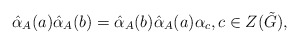
\begin{align*} \hat{\alpha}_{A}(a)\hat{\alpha}_{A}(b)=\hat{\alpha}_{A}(b)\hat{\alpha}_{A}(a)\alpha_c,c\in Z(\tilde{G}),\end{align*}